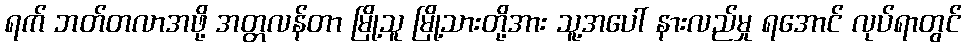
ရက် ဘတ်တလာအဖို့ အတ္တလန်တာ မြို့သူ မြို့သားတို့အား သူ့အပေါ် နားလည်မှု ရအောင် လုပ်ရာတွင်